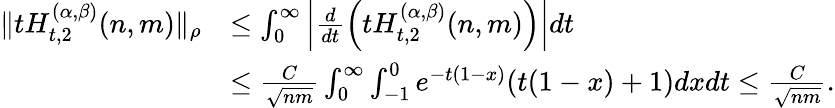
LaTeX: \begin{array}{rl}{\| tH_{t,2}^{(\alpha,\beta)}(n,m)\| _{\rho}}&{\le\int_{0}^{\infty}\left|\frac{d}{dt}\left(tH_{t,2}^{(\alpha,\beta)}(n,m)\right)\right|dt}\\ &{\le\frac{C}{\sqrt{nm}}\int_{0}^{\infty}\int_{-1}^{0}e^{-t(1-x)}(t(1-x)+1)dxdt\le\frac{C}{\sqrt{nm}}.}\end{array}